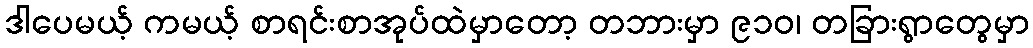
ဒါပေမယ့် ကမယ့် စာရင်းစာအုပ်ထဲမှာတော့ တဘားမှာ ၉၁၀၊ တခြားရွာတွေမှာ